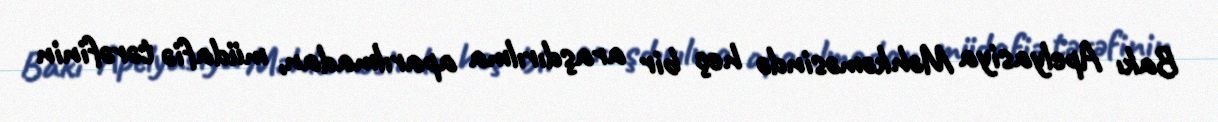
Bakı Apelyasiya Məhkəməsində heç bir araşdırılma aparılmadan, müdafiə tərəfinin